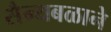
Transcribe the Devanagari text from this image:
सैन्यबळाने